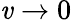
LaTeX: \mathit{v}\to0